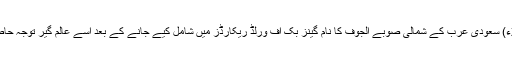
06 مئی2018ء) سعودی عرب کے شمالی صوبے الجوف کا نام گینز بک آف ورلڈ ریکارڈز میں شامل کیے جانے کے بعد اسے عالم گیر توجہ حاصل ہو گئی ہے۔